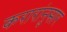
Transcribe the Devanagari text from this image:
करारांनुसार